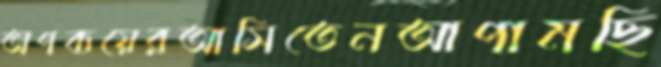
অপব্যয়েরআসিতেনআপামছি